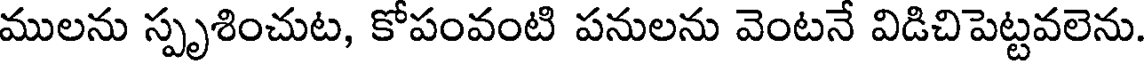
ములను స్పృశించుట, కోపంవంటి పనులను వెంటనే విడిచిపెట్టవలెను